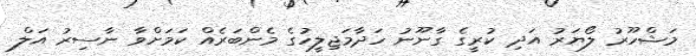
މަޝްހޫރު ލޯޔަރު އަދި ކުރީގެ ގާނޫނު ހަދާމަޖިލީހުގެ މެންބަރެއް ކަމަށްވާ ނާސިރު އަލް